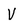
Character: v